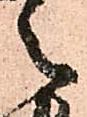
々